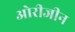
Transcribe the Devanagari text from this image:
ओरीजीन